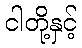
ငါတို့နှင့်